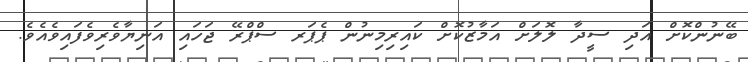
ބޭނުންކޮށް އަދި ސީދާ ލޮލަށް އަމާޒުކޮށް ކައިރިމިނުން ޕެޕަރ ސްޕްރޭ ޖަހައި އަނިޔާވެރިވެފައިވެއެވެ.